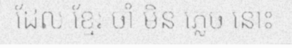
ដែល ខ្មែរ ចាំ មិន ភ្លេច នោះ